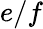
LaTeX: e/f